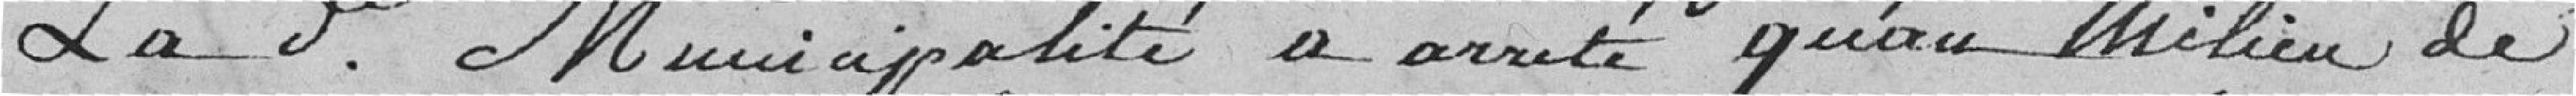
La présente Municipalité a arrêté qu'au milieu de